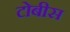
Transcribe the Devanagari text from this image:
टोबीस